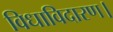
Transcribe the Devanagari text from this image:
विधाविदारण।